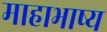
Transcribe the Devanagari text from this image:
माहाभाष्य